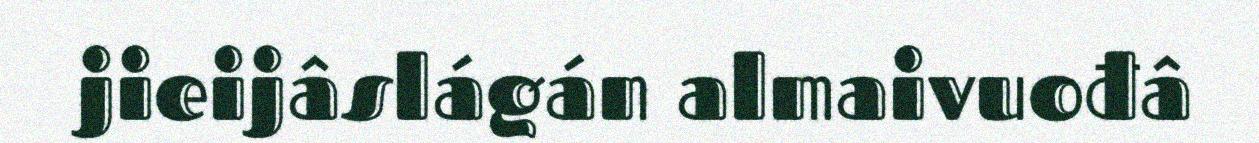
jieijâslágán almaivuođâ